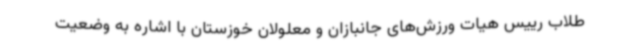
طلاب رییس هیات ورزش‌های جانبازان و معلولان خوزستان با اشاره به وضعیت